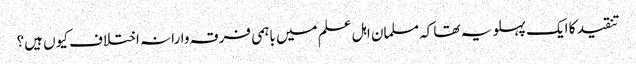
تنقید کا ایک پہلو یہ تھا کہ مسلمان اہل علم میں باہمی فرقہ وارانہ اختلاف کیوں ہیں؟